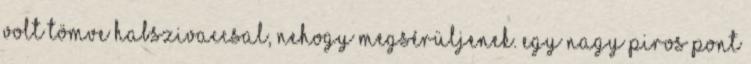
volt tömve habszivaccsal, nehogy megsérüljenek. Egy nagy piros pont